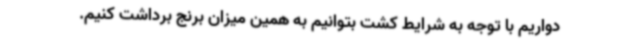
دواریم با توجه به شرایط کشت بتوانیم به همین میزان برنج برداشت کنیم.